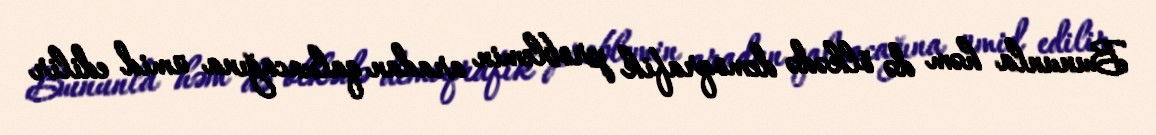
Bununla həm də ölkədə demoqrafik problemin aradan qalxacağına ümid edilir